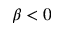
\beta < 0